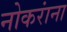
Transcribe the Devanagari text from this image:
नोकरांना